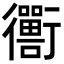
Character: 𬡁